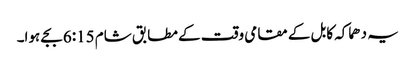
یہ دھماکہ کابل کے مقامی وقت کے مطابق شام 6:15 بجے ہوا۔